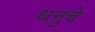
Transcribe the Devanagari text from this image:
धनुचे